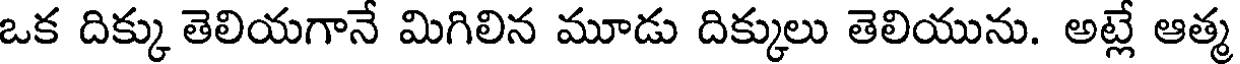
ఒక దిక్కు తెలియగానే మిగిలిన మూడు దిక్కులు తెలియును. అట్లే ఆత్మ